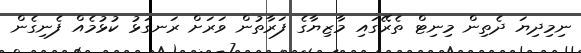
ނިމިދިޔަ ދެތިން މިނިޓް ތެރޭގައި މާޒިޔާގެ ފަރާތުން ވަރަށް ރަނގަޅު ކުޅުމެއް ފެނިގެން